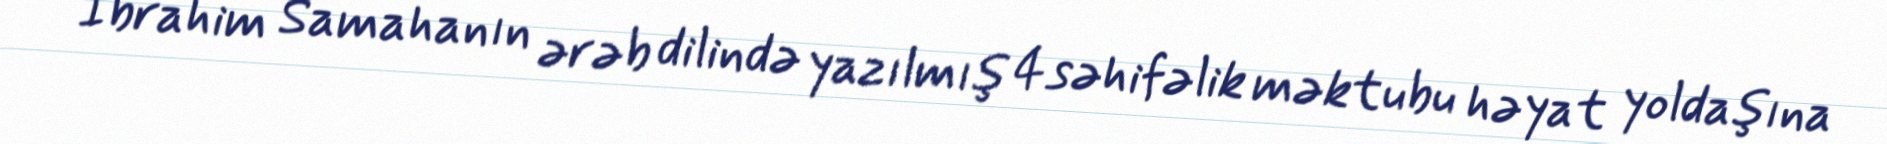
İbrahim Samahanın ərəb dilində yazılmış 4 səhifəlik məktubu həyat yoldaşına